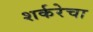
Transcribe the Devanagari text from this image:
शर्करेचा